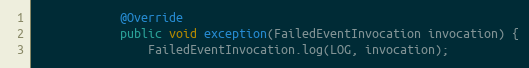
Language: Java
            @Override
            public void exception(FailedEventInvocation invocation) {
                FailedEventInvocation.log(LOG, invocation);